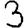
Digit: 3